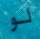
لو